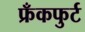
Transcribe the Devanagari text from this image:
फ्रँकफुर्ट